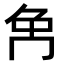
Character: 𠕗